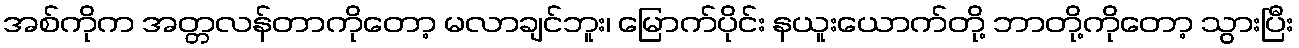
အစ်ကိုက အတ္တလန်တာကိုတော့ မလာချင်ဘူး၊ မြောက်ပိုင်း နယူးယောက်တို့ ဘာတို့ကိုတော့ သွားပြီး